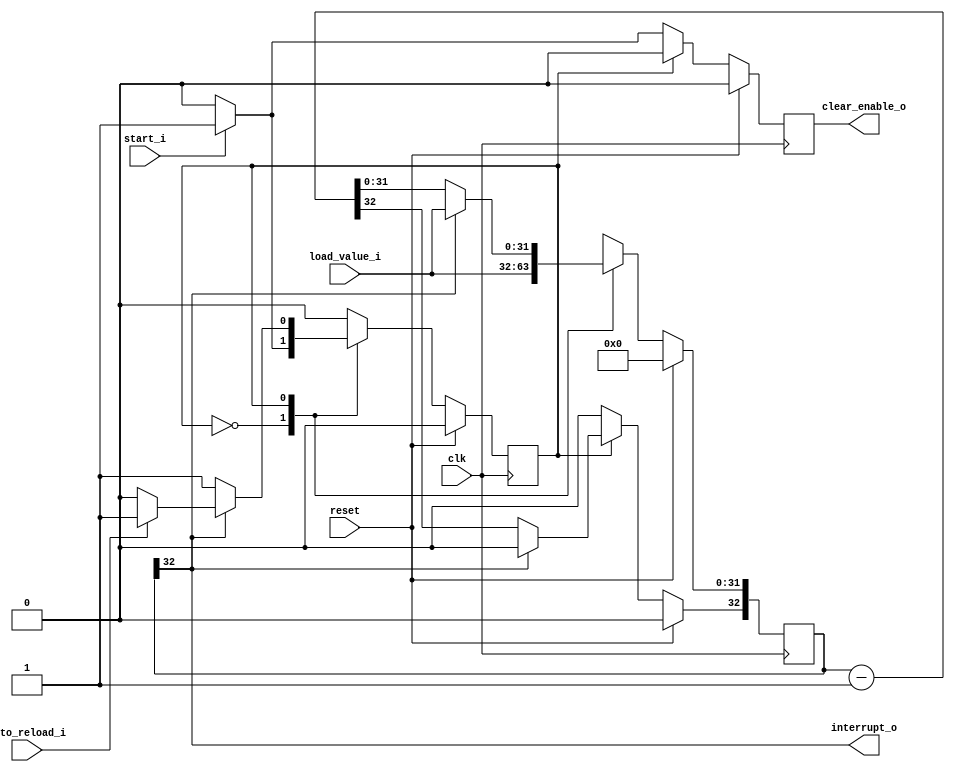
/**
 * @author      Alexander Zoellner
 * @date        2019/06/20
 * @mail        zoellner.contact@gmail.com
 * @file        timer.v
 *
 * @brief       Simple programmable down-counter generating interrupts
 *              after the timer expires.
 */

`timescale 1 ns / 1 ns

`default_nettype none

/* Module interface */
module timer #
(
    parameter integer COUNTER_WIDTH = 32
)
(
    input   wire clk,
    input   wire reset,

    input   wire [COUNTER_WIDTH-1 : 0] load_value_i,
    input   wire start_i,
    input   wire auto_reload_i,

    output  wire interrupt_o,
    output  reg  clear_enable_o
);

/* Module body */

// Increase bit width by one since MSB is used for comparison
reg [COUNTER_WIDTH:0] r_count = 0;

reg s_state;
localparam       s_idle = 1'b0,
                 s_cnt  = 1'b1;

/*
 * FSM of the timer
 *
 * Loads r_counter until the start bit is received. Generates an interrupt when
 * r_counter underflows. Automatically starts again if 'auto_reload' is set.
 */
always @(posedge clk)
  if (reset) begin
      r_count <= 0;
      clear_enable_o <= 1'b0;
      s_state <= s_idle;
  end
  else begin
      r_count <= 0;
      clear_enable_o <= 1'b0;
      case (s_state)

        s_idle:
          begin
            r_count[COUNTER_WIDTH] <= 1'b0;
            r_count[COUNTER_WIDTH-1:0] <= load_value_i;
            if (start_i == 1'b1) begin
                s_state <= s_cnt;
                clear_enable_o <= 1'b1;
            end
          end

        s_cnt:
          begin
            if (r_count[COUNTER_WIDTH] == 1'b1) begin
                r_count[COUNTER_WIDTH-1:0] <= load_value_i;
                if (auto_reload_i == 1'b0)
                    s_state <= s_idle;
            end
            else begin
              r_count <= r_count - 1;
            end
          end

        default:
          s_state <= s_idle;

      endcase
    end

assign interrupt_o = r_count[COUNTER_WIDTH];

endmodule

`default_nettype wire